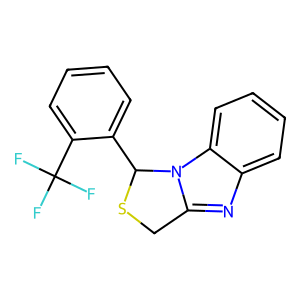
SMILES: FC(F)(F)c1ccccc1C1SCc2nc3ccccc3n21
Inhibits HIV replication: No